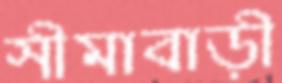
সীমাবাড়ী